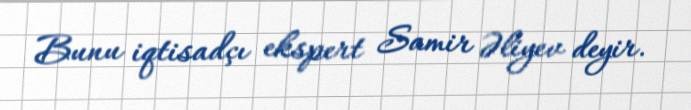
Bunu iqtisadçı ekspert Samir Əliyev deyir.